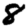
Digit: 8